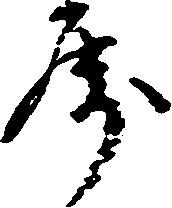
属